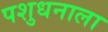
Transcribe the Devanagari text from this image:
पशुधनाला